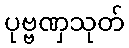
ပုဗ္ဗဏှသုတ်